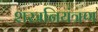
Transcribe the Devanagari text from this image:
शस्त्रनियंत्रण